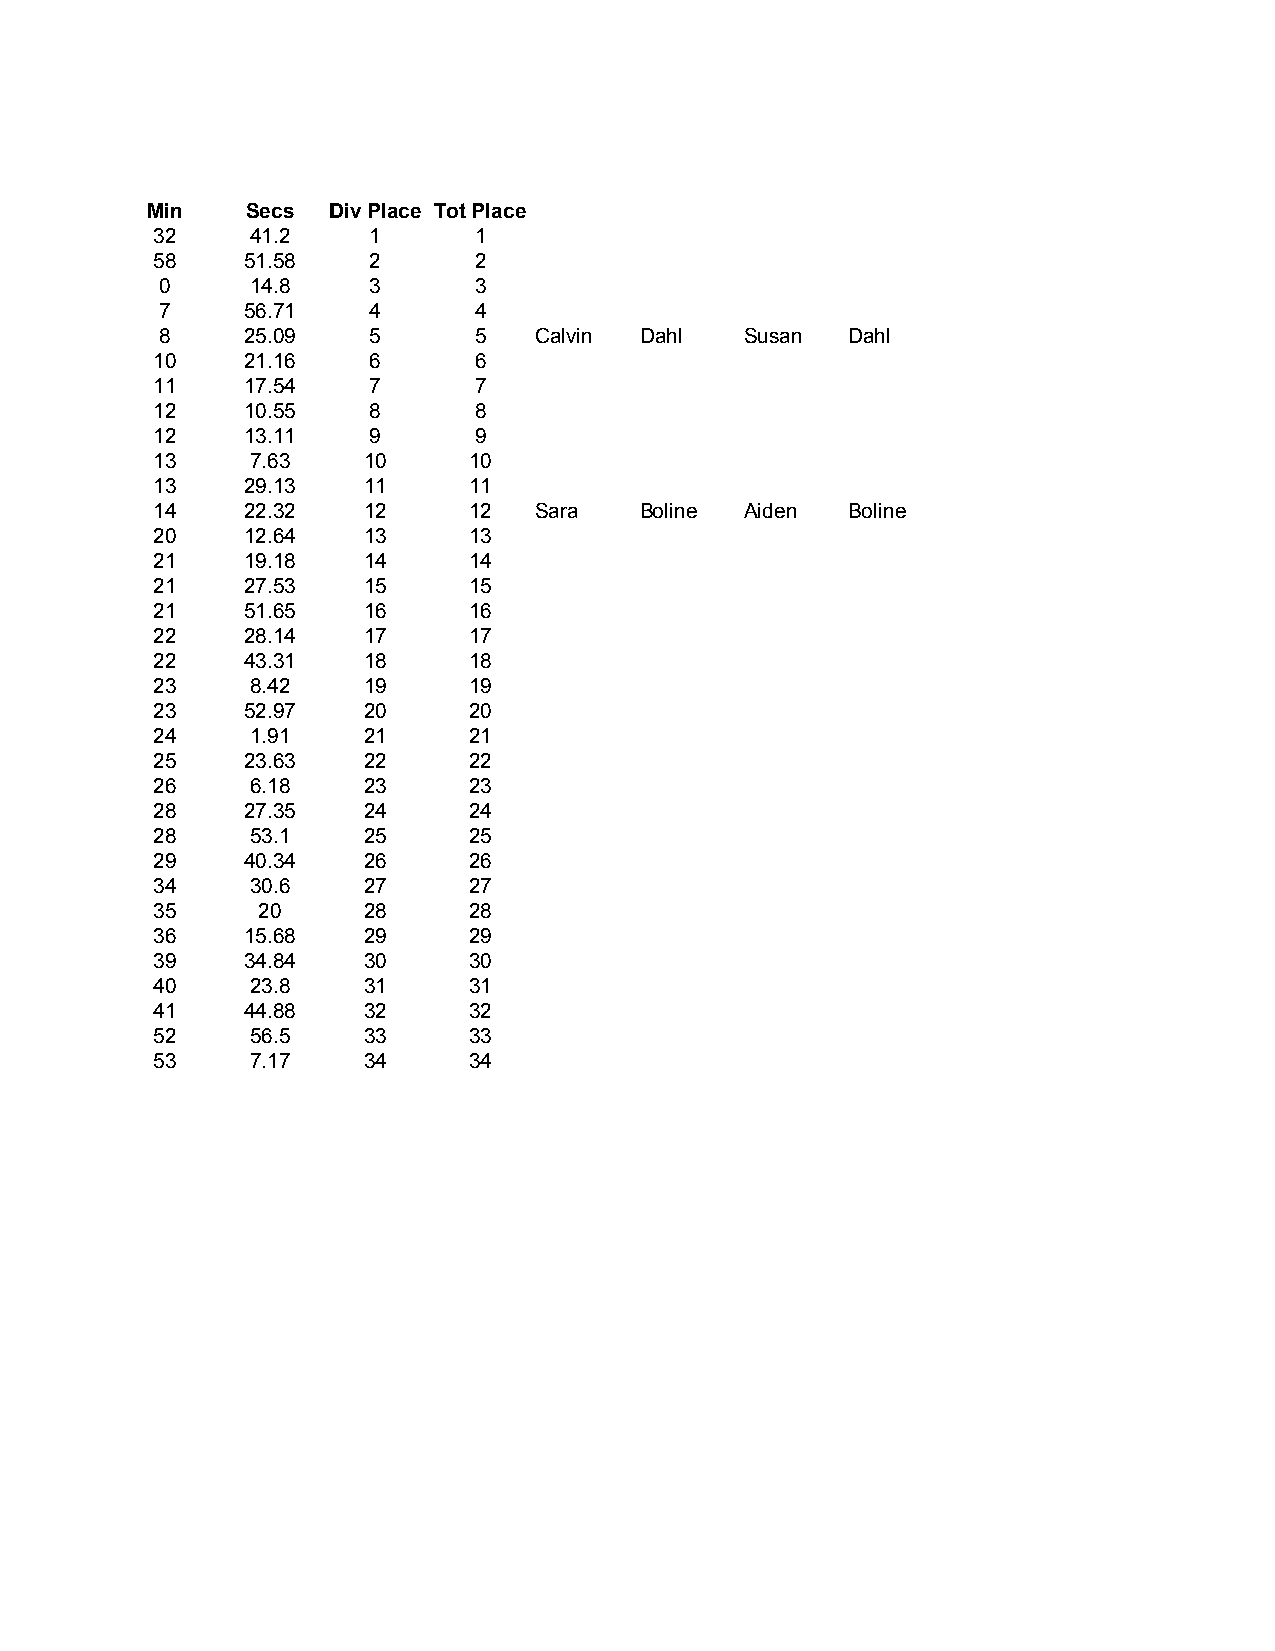
Min   Secs  Div Place Tot Place
 32     41.2   1      1
 58    51.58   2      2
 0     14.8   3      3
 7    56.71   4      4
 8    25.09   5      5   Calvin Dahl   Susan  Dahl
 10    21.16   6      6
 11    17.54   7      7
 12    10.55   8      8
 12    13.11   9      9
 13     7.63   10     10
 13    29.13   11     11
 14    22.32   12     12  Sara   Boline Aiden  Boline
 20    12.64   13     13
 21    19.18   14     14
 21    27.53   15     15
 21    51.65   16     16
 22    28.14   17     17
 22    43.31   18     18
 23     8.42   19     19
 23    52.97   20     20
 24     1.91   21     21
 25    23.63   22     22
 26     6.18   23     23
 28    27.35   24     24
 28     53.1   25     25
 29    40.34   26     26
 34     30.6   27     27
 35     20     28     28
 36    15.68   29     29
 39    34.84   30     30
 40     23.8   31     31
 41    44.88   32     32
 52     56.5   33     33
 53     7.17   34     34